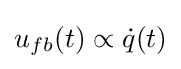
u_{fb}(t)\propto {\dot {q}}(t)